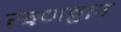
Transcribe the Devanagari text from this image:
त्वणष्टान